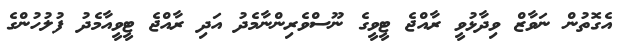
އެގޮތުން ނަވާޒް ވިދާޅުވީ ރާއްޖެ ޓީވީގެ ނޫސްވެރިންނާމެދު އަދި ރާއްޖެ ޓީވީއާމެދު ފުލުހުންގެ